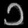
Digit: ၁